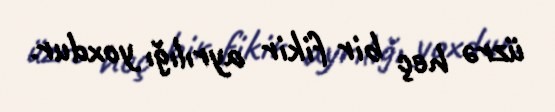
üzrə heç bir fikir ayrılığı yoxdur.